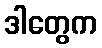
ဒါတွေက